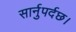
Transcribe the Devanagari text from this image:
सार्नुपर्दछ।